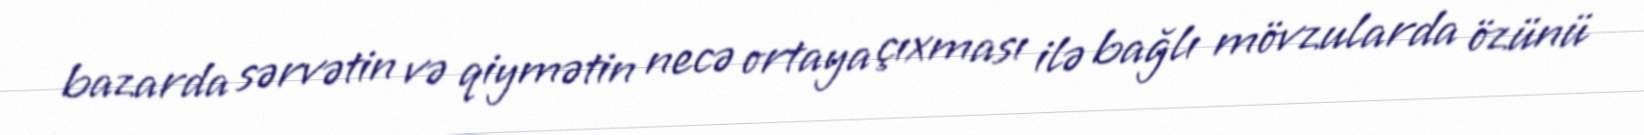
bazarda sərvətin və qiymətin necə ortaya çıxması ilə bağlı mövzularda özünü